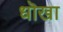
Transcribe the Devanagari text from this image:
धॊखा